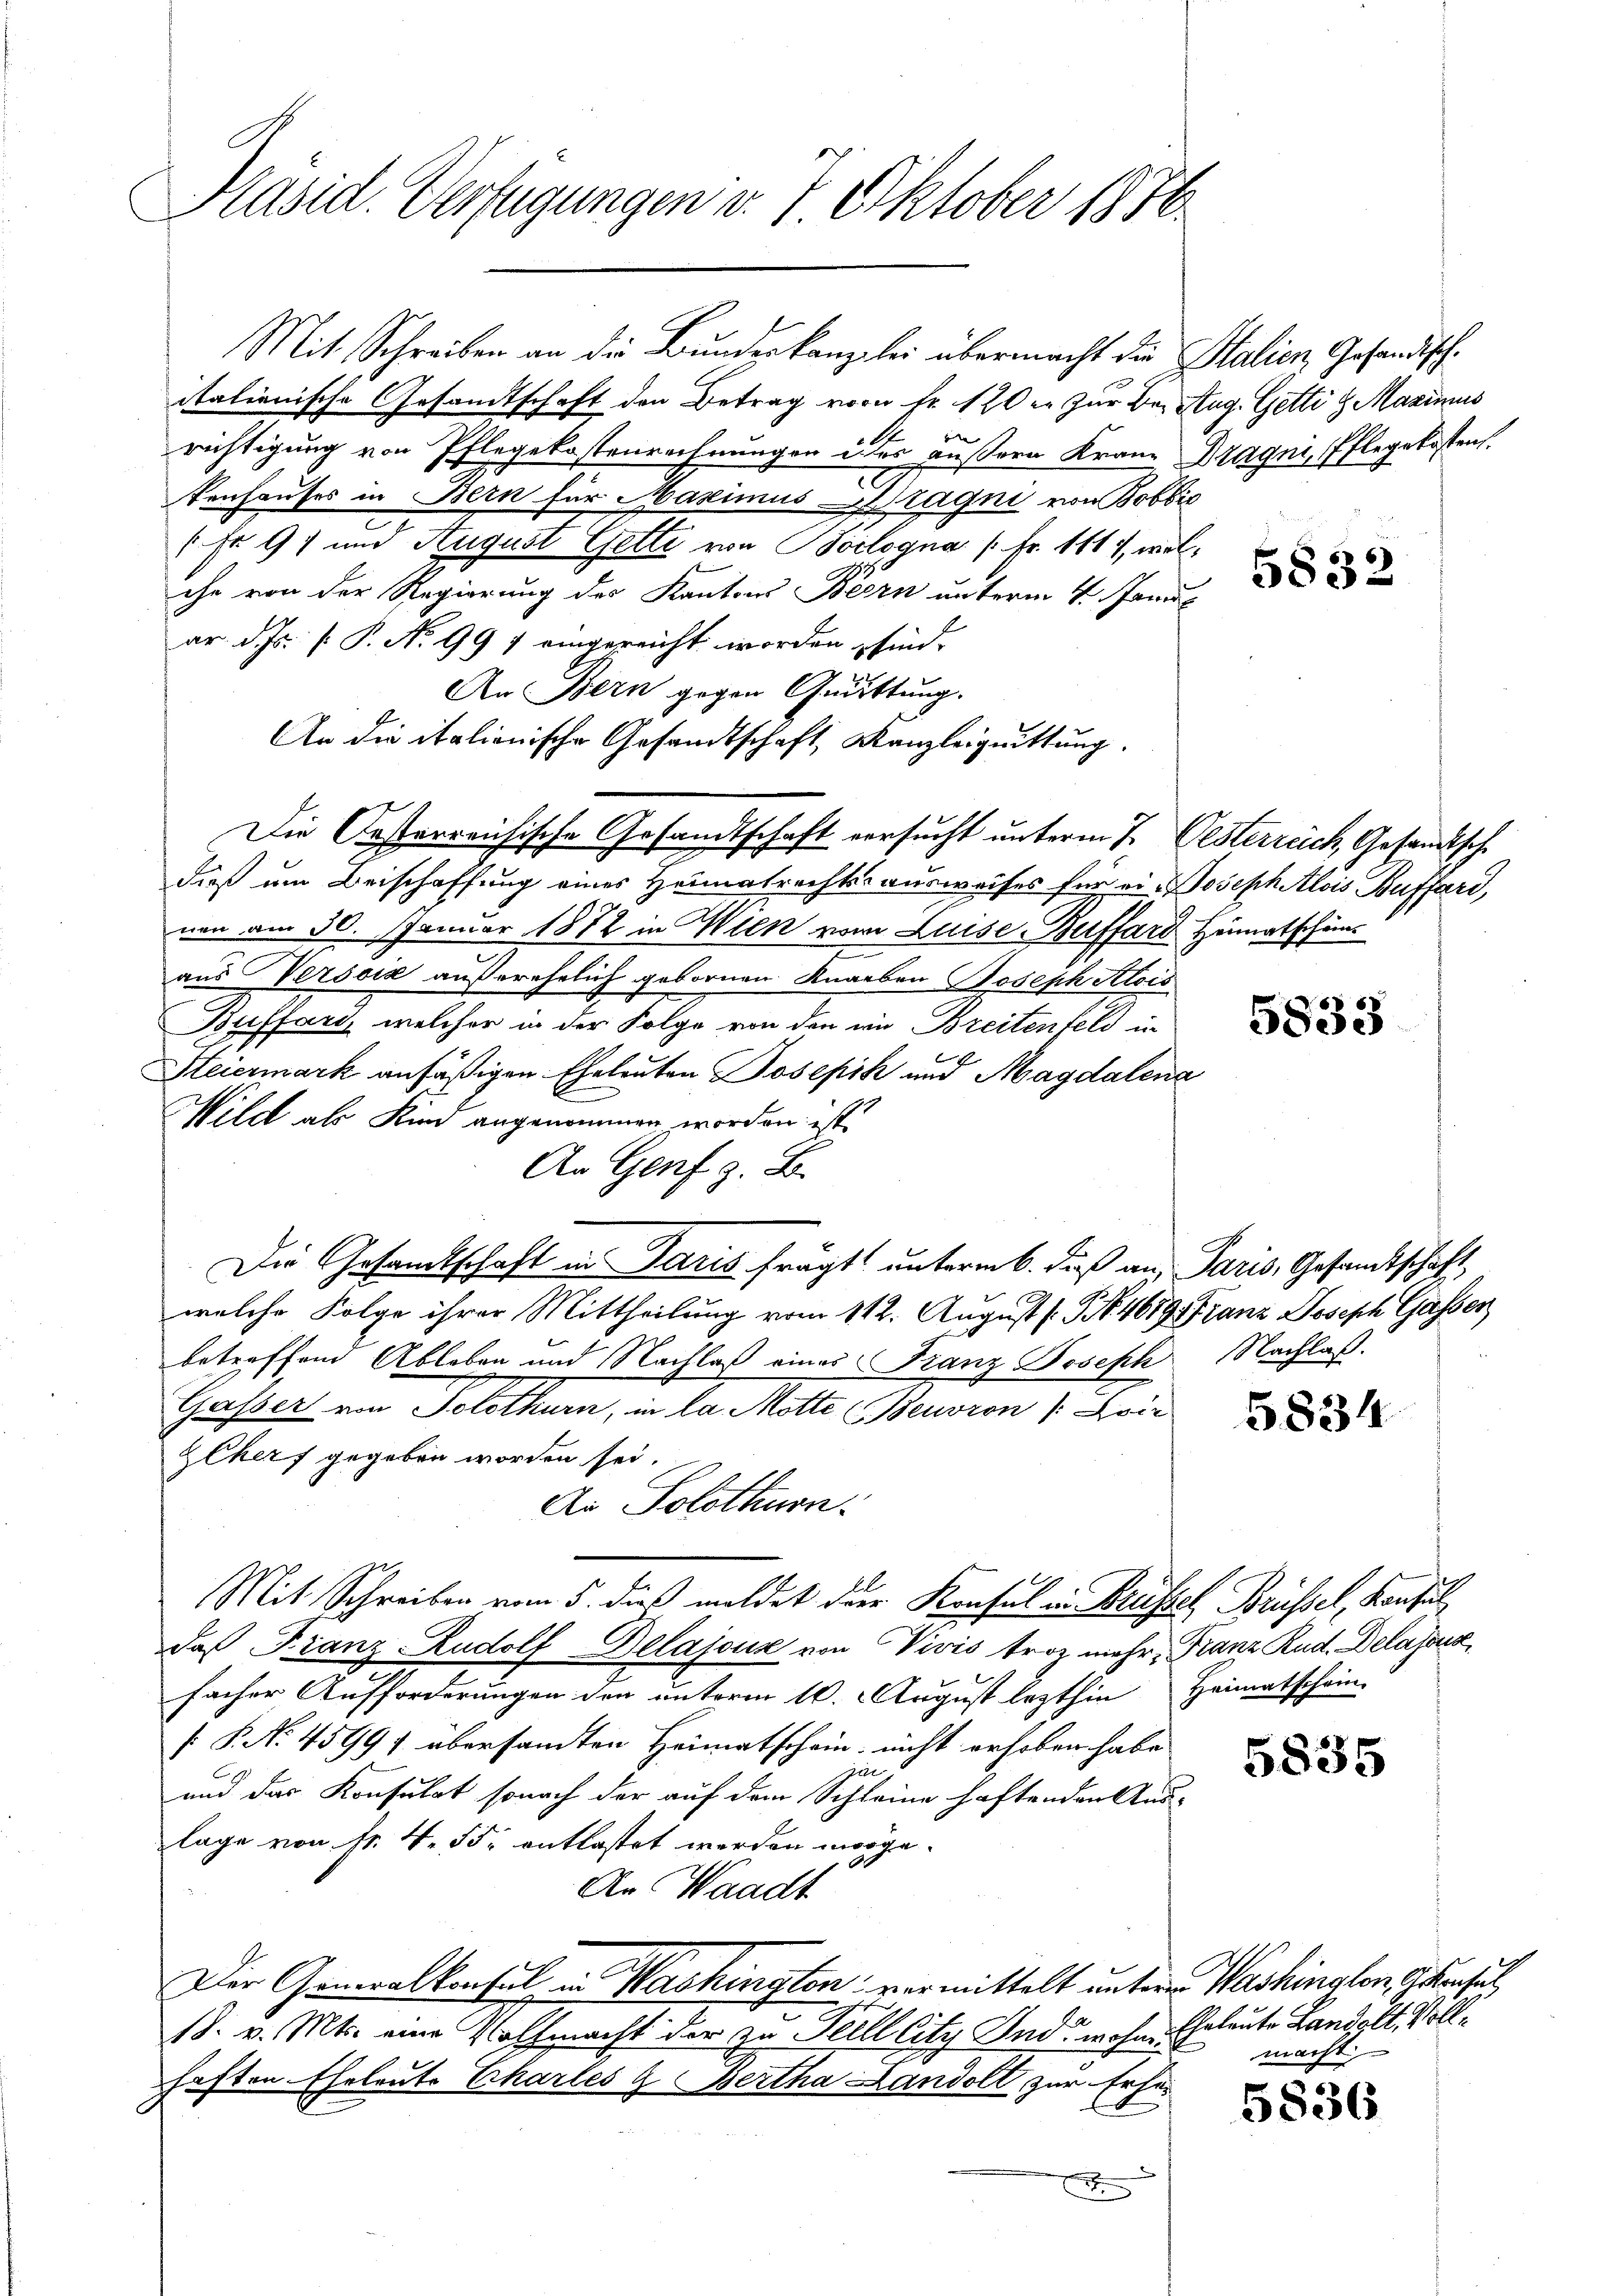
Präsid. Verfügungen v. 7. Oktober 1876

Mit Schreiben an die Bundeskanzlei übermacht die Stalien Gesandischitalienische Gesandtschaft den Betrag von Fr. 120 er zur Bei Aug. Getti g Maximus
richtigung von Pflegekostenrechnungen ides äußern Kranz Dragni, Pflegekostens
Fenhauses in Bern für Maximus Cragni von Bobbic
Fr 97 und August Gelte von Boilogna [Fr. 1117, welche von der Regierung des Kantons Bern unterm 4. Janu
ar d. Js. [ P. No 997 eingereicht worden, sind.
An Bern gegen Quittung.
An die italionische Gesandtschaft, Kanzleiguittung.
Die Oesterreichische Gesandtschaft versucht unterm 7. Oesterreich, Gesandtsche
Dieß um Beischaffung eines Heimatrechtssausweises für ein Joseph Alois Buffari,
nen am 30. Januar 1872 in Wien von Luise-Buffard Heimatschein
aus Versoiz außerehelich gebornen Knaben Joseph Alois
Buffart, welcher in der Folge von den wie Breitenfeld in
Steiermark ansäßigen Eheleuten Josepik und Magdalena
Wild als Kind angenommen worden ist.
An Genf z. B.
Die Gesamtschaft in Paris frägt unterm 6. daß an Paris, Gesandtschaft,
welche Folge ihrer Mittheilung vom 112. August (S. 4689, Franz Joseph Gassen
betreffend Ableben und Nachlaß eines Franz Joseph
Gasser von Solothurn, in la Motte (Beuvron vie
ZChers gegeben worden sei.
An Solothurn.
Mit Schreiben vom 5. dieß meldet der Konsul in Brüssel Brüssel, Konsul
daß Franz Rudolf Delajouz von Visis troz mehr Franz Rud. Delassure,
facher Aufforderungen den unterm 10. August lezthin Heimatschein-
[ P. No. 45991 übersamten Heimatschein, nicht erhoben habe.
200
und das Konsulat sonach der auf dem Schleine haftenden Aus-
lage von Fr. 4. 55. entlastet werden morge.
An Waadt
Der Generalkonsul in Washington vormittelt unteren Washington Zensul
18. v. Mts. eine Vollmacht der zu Teill City Ind wohin
heften Eheleute Charles & Bertha Landolt zur Erford

5832

5833

Nachlaß.

5834

5835

5836

Eheleute Landolt Vollmacht